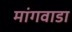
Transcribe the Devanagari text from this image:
मांगवाडा